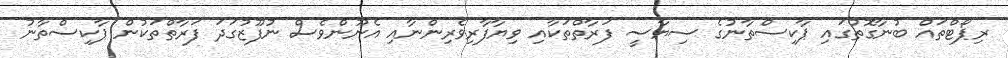
ރިޕޯޓްތައް ބުނާގޮތުގައި ޕާކިސްތާނުގެ ސިޔާސީ ފަރާތްތަކާއި ވިޔާފާރިވެރިންނާއި އެނޫންވެސް ނުފޫޒުގަދަ ފަރާތްތަކުން ޕާކިސްތާނު